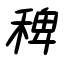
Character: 稗